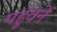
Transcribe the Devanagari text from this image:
पहुँवने